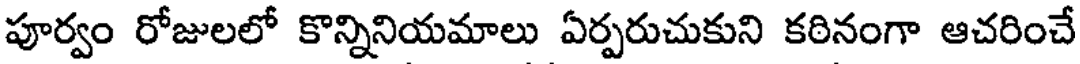
పూర్వం రోజులలో కొన్నినియమాలు ఏర్పరుచుకుని కఠినంగా ఆచరించే